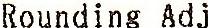
ROUNDING ADJ